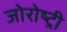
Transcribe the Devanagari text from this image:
जोरोष्ट्री